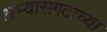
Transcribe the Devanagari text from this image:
अभ्यासगटाच्या